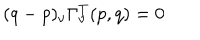
( q - p ) _ { \nu } \Gamma _ { \nu } ^ { T } ( p , q ) = 0